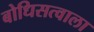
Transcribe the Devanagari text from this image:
बोधिसत्वाला